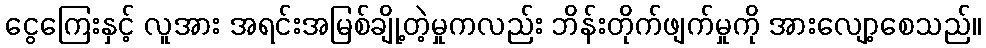
ငွေကြေးနှင့် လူအား အရင်းအမြစ်ချို့တဲ့မှုကလည်း ဘိန်းတိုက်ဖျက်မှုကို အားလျော့စေသည်။